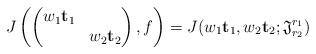
LaTeX: \begin{align*}J\left(\left(\begin{matrix}w_1\mathbf{t}_1&\\&w_2\mathbf{t}_2\end{matrix}\right),f\right)=J(w_1\mathbf{t}_1,w_2\mathbf{t}_2;\mathfrak{J}^{r_1}_{r_2})\end{align*}